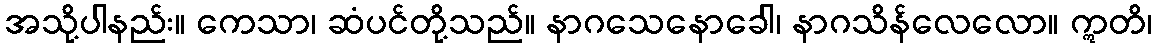
အသို့ပါနည်း။ ကေသာ၊ ဆံပင်တို့သည်။ နာဂသေနောခေါ၊ နာဂသိန်လေလော။ ဣတိ၊